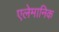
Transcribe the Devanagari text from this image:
एलेमानिक